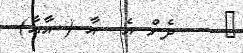
٨    ދެން އެ  އާ ( އާއާ)